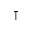
\intercal